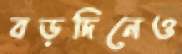
বড়দিনেও